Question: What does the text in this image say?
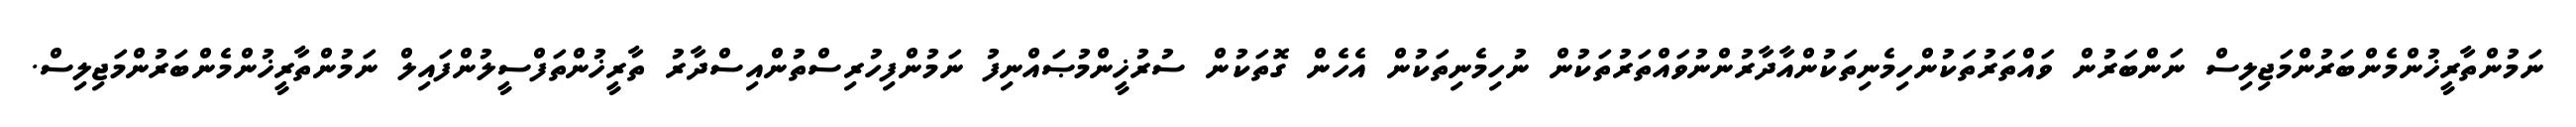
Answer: ނަމުންތާރީޚުންމެންބަރުންމަޖިލިސް ނަންބަރުން ވައްތަރުތަކުންހިމެނިތަކުންއާދާރުންނުވައްތަރުތަކުން ނުހިމެނިތަކުން އެހެން ގޮތަކުން ސުރުޚީންމުޞައްނިފު ނަމުންފިހުރިސްތުންއިސްދާރު ތާރީޚުންތަފްސީލުންފައިލް ނަމުންތާރީޚުންމެންބަރުންމަޖިލިސް.